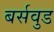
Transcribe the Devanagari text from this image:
बर्सवुड